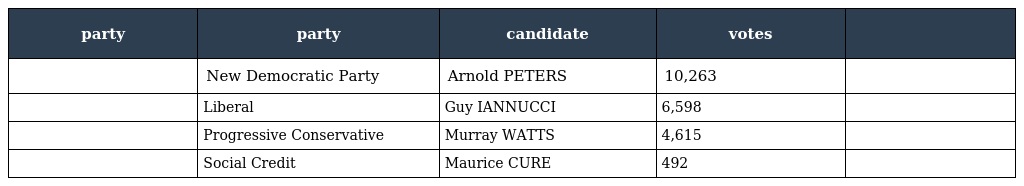
| party | party | candidate | votes |  |
 | --- | --- | --- | --- | --- |
 |  | New Democratic Party | Arnold PETERS | 10,263 |  |
 |  | Liberal | Guy IANNUCCI | 6,598 |  |
 |  | Progressive Conservative | Murray WATTS | 4,615 |  |
 |  | Social Credit | Maurice CURE | 492 |  |